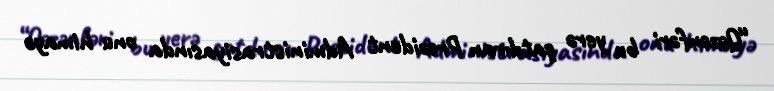
“Qəzənfəri bu yerə çatdıran Prezident Administrasiyasında onu himayə